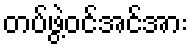
တပ်ဖွဲ့ဝင်အင်အား